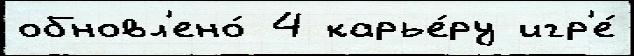
обновл'ено́ 4 карье́ру игр'е́